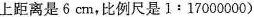
上距离是6cm，比例尺是（1:1700000）